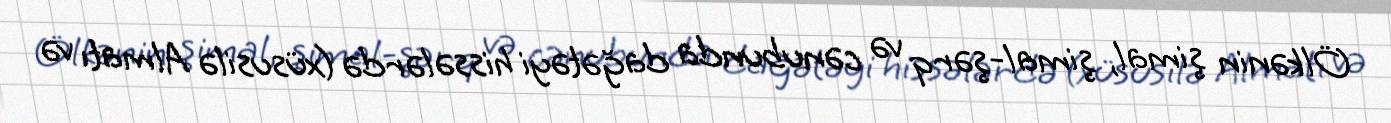
Ölkənin şimal, şimal-şərq və cənubunda dağətəyi hissələrdə (xüsusilə Almatı və